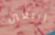
أربعين